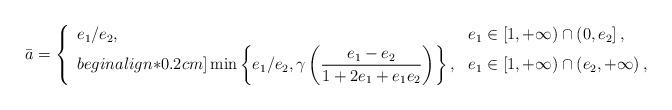
LaTeX: \begin{align*}\bar{a}=\left\{\begin{array}{ll}e_{1}/e_{2}, & e_{1} \in[1,+\infty) \cap\left(0, e_{2}\right], \\begin{align*}0.2cm]\min \left\{e_{1}/e_{2}, \gamma\left(\displaystyle\frac{e_1-e_2}{1+2e_1+e_1e_2}\right)\right\}, & e_{1} \in[1,+\infty) \cap\left(e_{2}, +\infty\right),\end{array}\right.\end{align*}